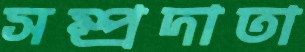
সম্প্রদাতা